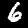
Digit: 6